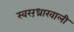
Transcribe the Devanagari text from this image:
स्वररंध्राखाली